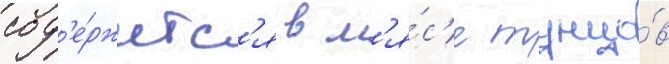
сод'е́ржитс'я в м'я́с'е тунцо́в